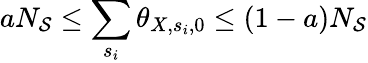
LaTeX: aN_{\mathcal{S}}\le\sum_{s_{i}}\theta_{X,s_{i},0}\le(1-a)N_{\mathcal{S}}